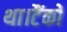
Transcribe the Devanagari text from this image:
था।टैंकों